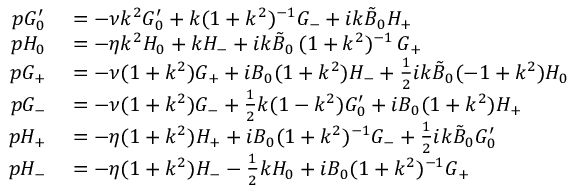
\begin{array} { r l } { p G _ { 0 } ^ { \prime } } & { { } = - \nu k ^ { 2 } G _ { 0 } ^ { \prime } + { k } ( 1 + k ^ { 2 } ) ^ { - 1 } G _ { - } + i k \tilde { B } _ { 0 } H _ { + } } \\ { p H _ { 0 } } & { { } = - \eta k ^ { 2 } H _ { 0 } + k H _ { - } + i k \tilde { B } _ { 0 } \, ( 1 + k ^ { 2 } ) ^ { - 1 } \, G _ { + } } \\ { p G _ { + } } & { { } = - \nu ( 1 + k ^ { 2 } ) G _ { + } + i B _ { 0 } ( 1 + k ^ { 2 } ) H _ { - } + \frac { 1 } { 2 } { i k \tilde { B } _ { 0 } } ( - 1 + k ^ { 2 } ) H _ { 0 } } \\ { p G _ { - } } & { { } = - \nu ( 1 + k ^ { 2 } ) G _ { - } + \frac { 1 } { 2 } k ( 1 - k ^ { 2 } ) G _ { 0 } ^ { \prime } + i B _ { 0 } ( 1 + k ^ { 2 } ) H _ { + } } \\ { p H _ { + } } & { { } = - \eta ( 1 + k ^ { 2 } ) H _ { + } + i B _ { 0 } ( 1 + k ^ { 2 } ) ^ { - 1 } G _ { - } + \frac { 1 } { 2 } i k \tilde { B } _ { 0 } G _ { 0 } ^ { \prime } } \\ { p H _ { - } } & { { } = - \eta ( 1 + k ^ { 2 } ) H _ { - } - \frac { 1 } { 2 } k H _ { 0 } + i B _ { 0 } ( 1 + k ^ { 2 } ) ^ { - 1 } G _ { + } } \end{array}